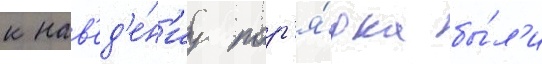
к нав'ед'е́н'иу пор'я́дка бы́л'и